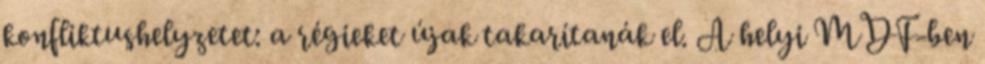
konfliktushelyzetet: a régieket újak takarítanák el. A helyi MDF-ben